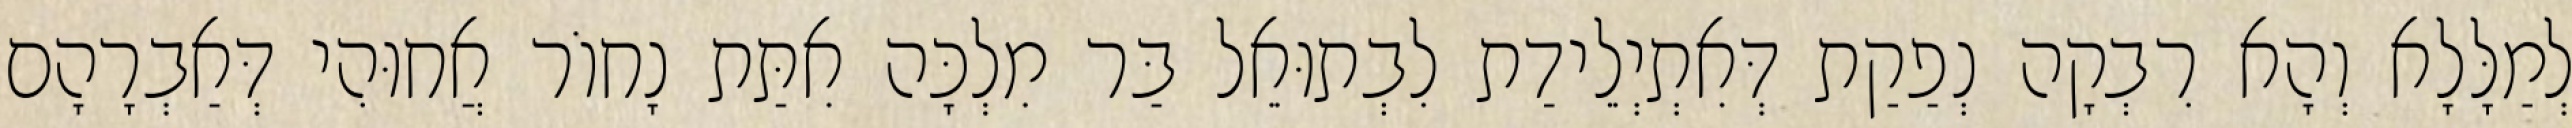
לְמַלָּלָא וְהָא רִבְקָה נְפַקַת דְּאִתְיְלֵידַת לִבְתוּאֵל בַּר מִלְכָּה אִתַּת נָחוֹר אֲחוּהִי דְּאַבְרָהָם